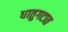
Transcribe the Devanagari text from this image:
धातुगटात